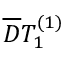
\overline { { D } } T _ { 1 } ^ { ( 1 ) }